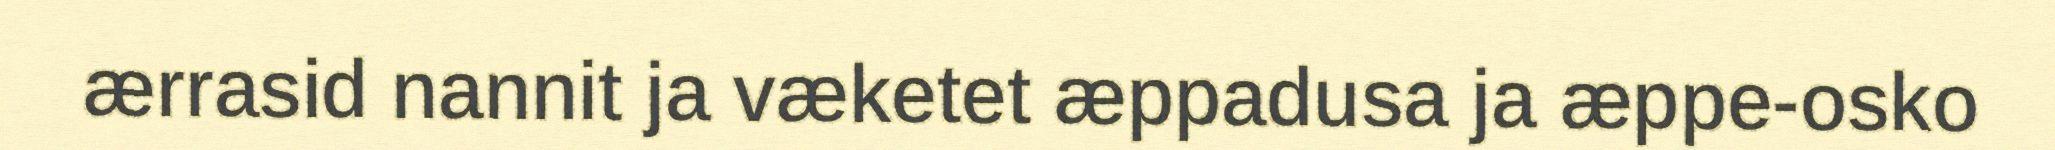
ærrasid nannit ja væketet æppadusa ja æppe-osko